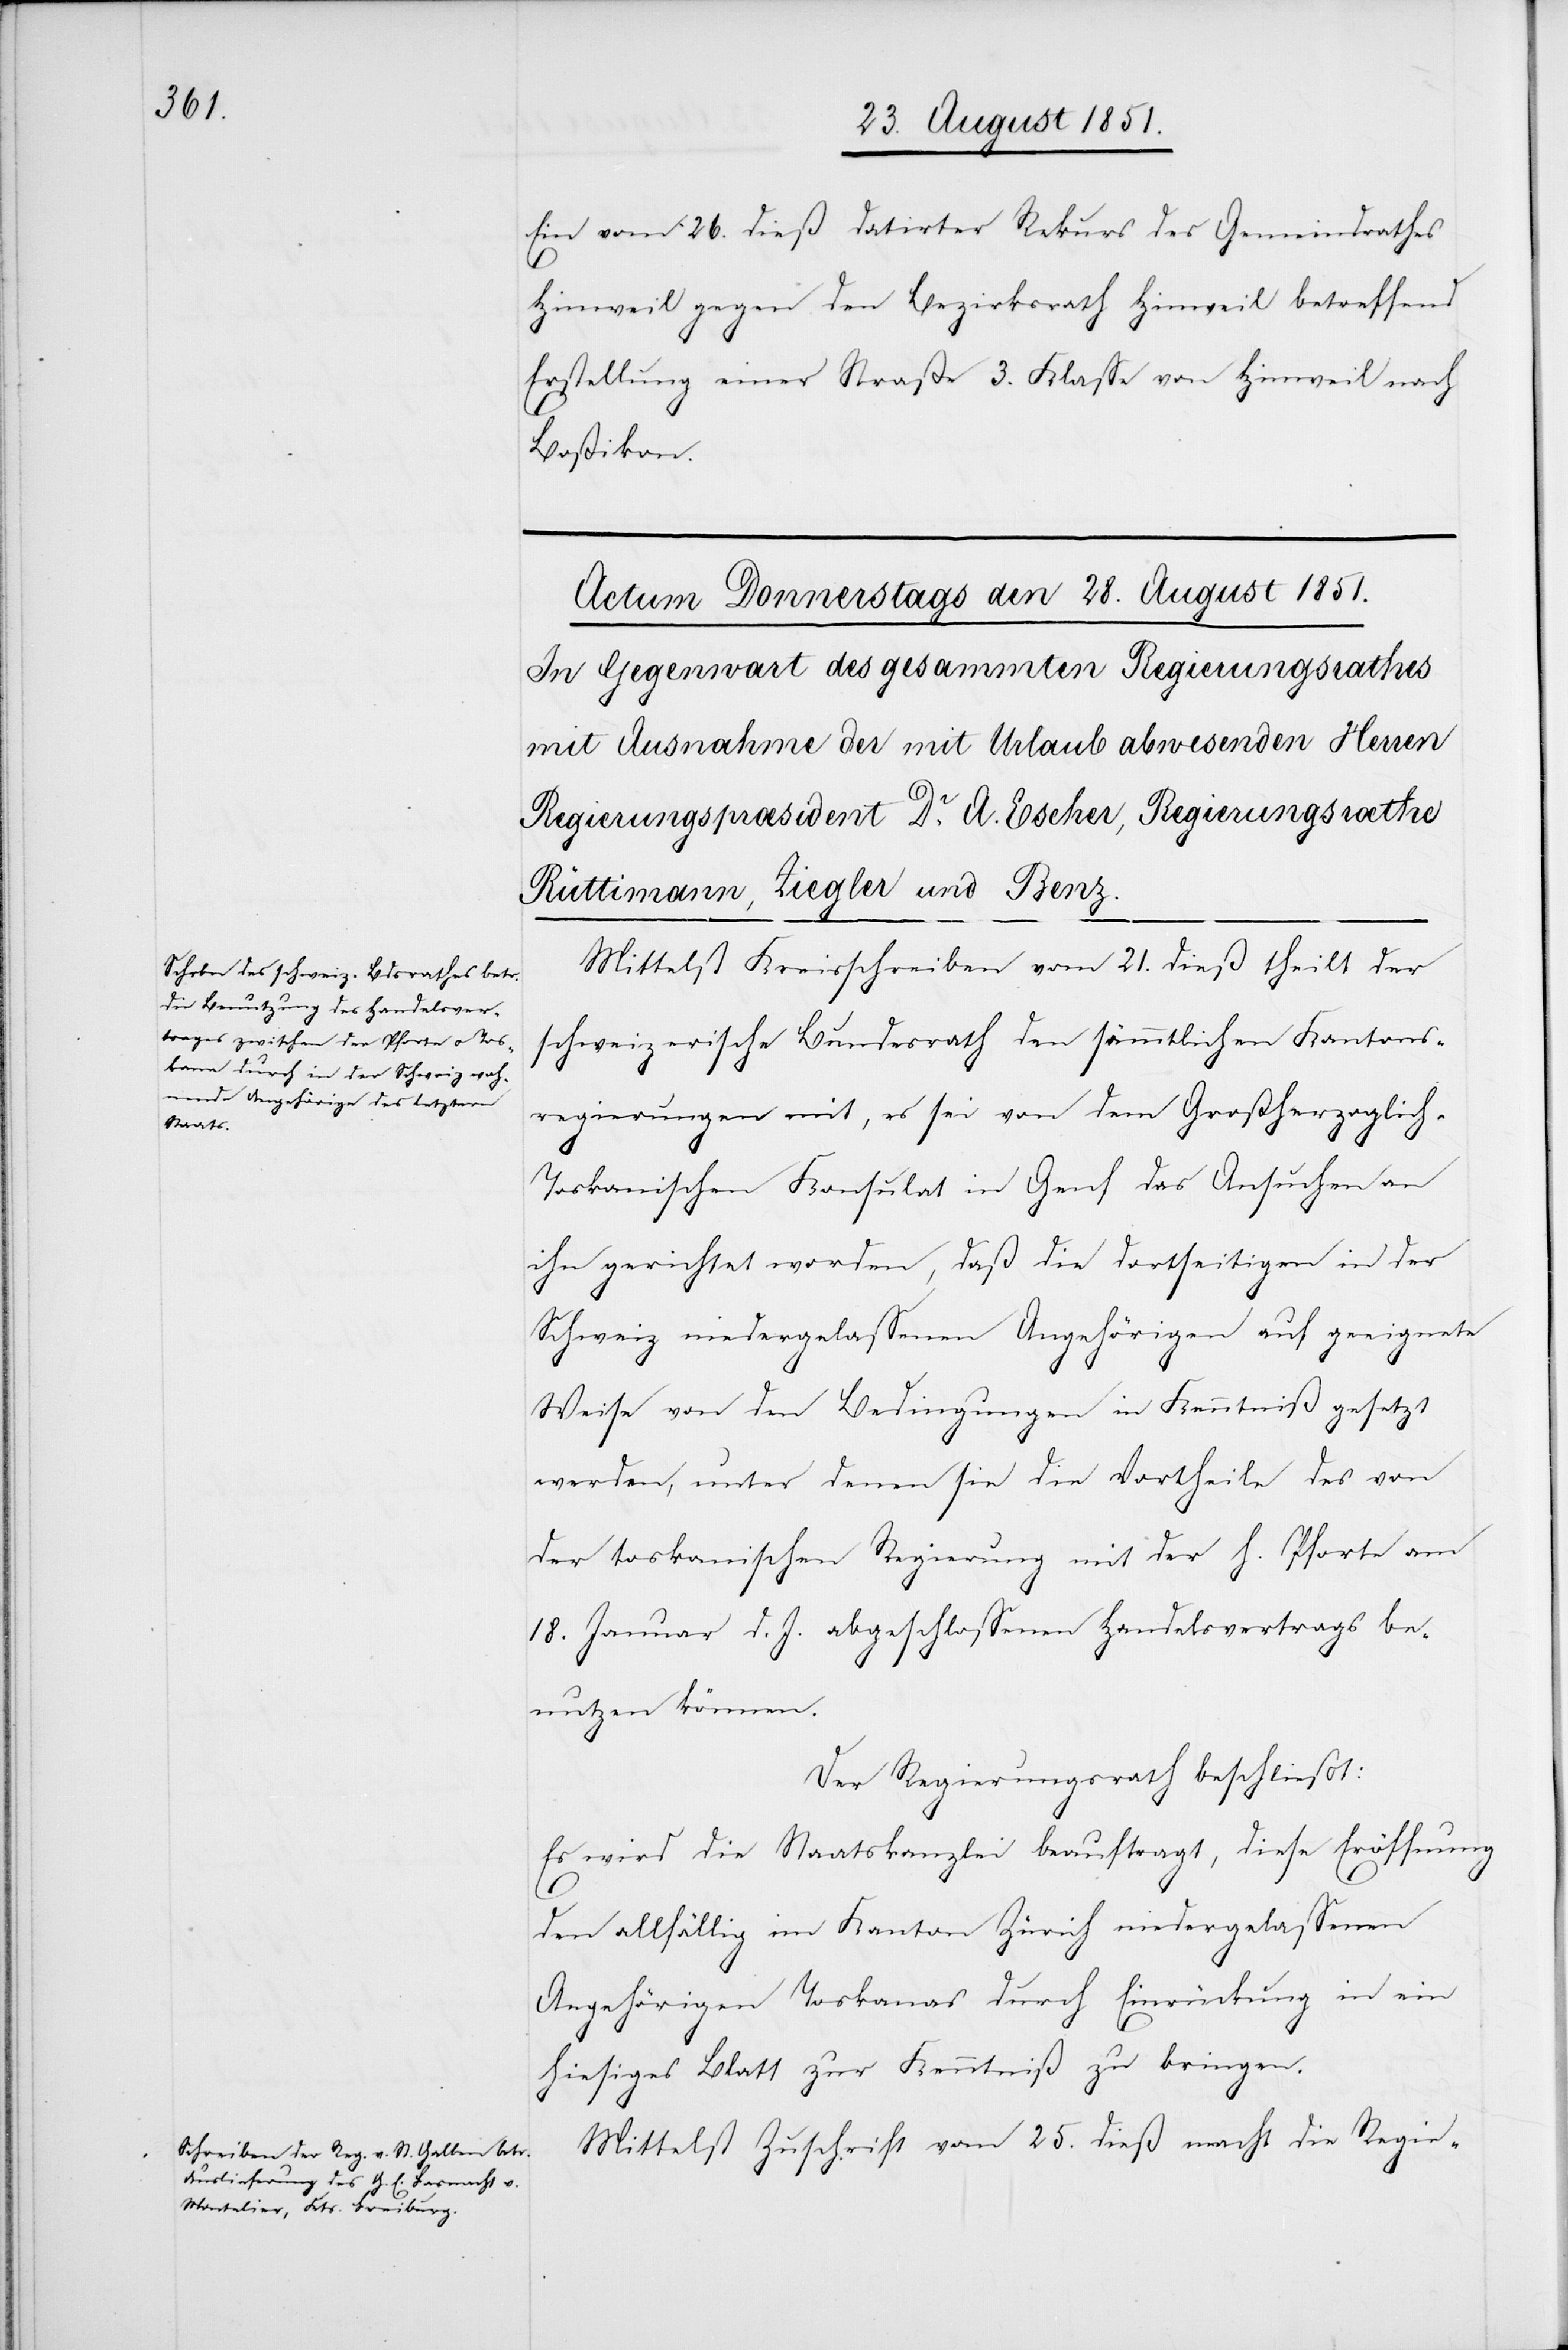
Ein vom 26. dieß datirter Rekurs des Gemeindrathes
Hinweil gegen den Bezirksrath Hinweil betreffend
Erstellung einer Straße 3. Klasse von Hinweil nach
Boßikon.
Mittelst Kreisschreiben vom 21. dieß theilt der
schweizerische Bundesrath den sämmtlichen Kantons¬
regierungen mit, es sei von dem Großherzoglich-T¬
oskanischen Konsulat in Genf das Ansuchen an
ihn gerichtet worden, daß die dortseitigen in der
Schweiz niedergelassenen Angehörigen auf geeignete
Weise von den Bedingungen in Kenntniß gesetzt
werden, unter denen sie die Vortheile des von
der toskanischen Regierung mit der h. Pforte am
18. Januar d. J. abgeschlossenen Handelsvertrags be¬
nutzen können.
Der Regierungsrath beschließt:
Es wird die Staatskanzlei beauftragt, diese Eröffnung
den allfällig im Kanton Zürich niedergelassenen
Angehörigen Toskanas durch Einrückung in ein
hiesiges Blatt zur Kenntniß zu bringen.
Mittelst Zuschrift vom 25. dieß macht die Regie-